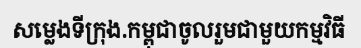
សម្លេងទីក្រុង.កម្ពុជាចូលរួមជាមួយកម្មវិធី